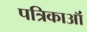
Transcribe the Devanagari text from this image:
पत्रिकाऑं